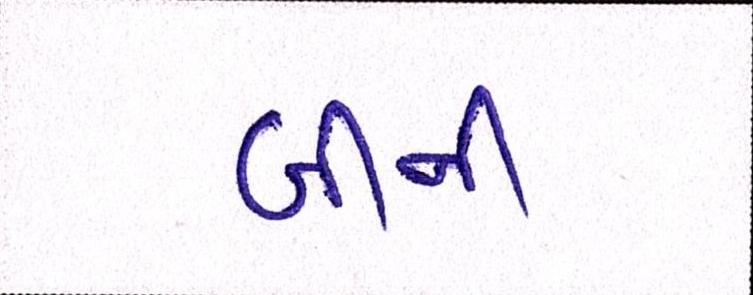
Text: બીની